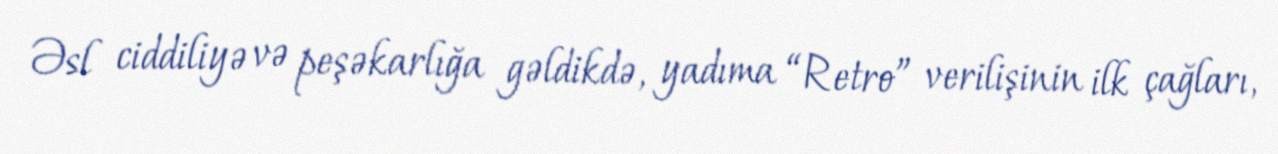
Əsl ciddiliyə və peşəkarlığa gəldikdə, yadıma “Retro” verilişinin ilk çağları,